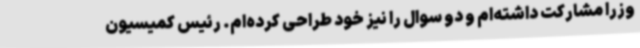
وزرا مشارکت داشته‌ام و دو سوال را نیز خود طراحی کرده‌ام. رئیس کمیسیون